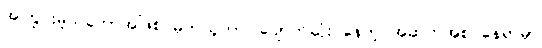
အကြွင်းမဲ့သဘောအဖြစ် မှတ်ယူတာ၊ ပျောက်ဆုံး နေတဲ့ အဆက်အစပ်နေရာမှာ